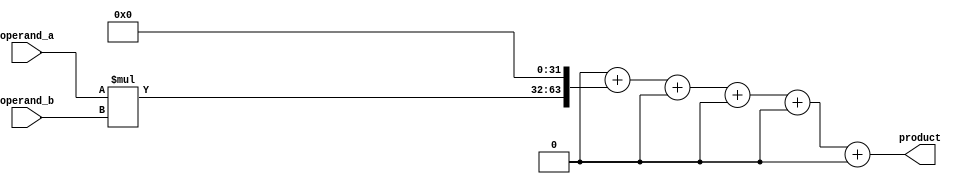
module baugh_wooley_multiplier (
  input signed [31:0] operand_a,
  input signed [31:0] operand_b,
  output reg signed [63:0] product
);

reg signed [63:0] partial_products [5:0];
reg signed [63:0] sum;

initial begin
  partial_products[0] = 0;
  partial_products[1] = operand_a * operand_b; // first row
  partial_products[2] = {operand_a[31], operand_a} * {operand_b[31], operand_b}; // second row
  partial_products[3] = {32'b0, operand_a} * operand_b; // third row
  partial_products[4] = operand_a * {32'b0, operand_b}; // fourth row
  partial_products[5] = {32'b0, operand_a} * {32'b0, operand_b}; // fifth row

  sum = partial_products[0] + (partial_products[1] << 32) + (partial_products[2] << 64) +
        (partial_products[3] << 96) + (partial_products[4] << 128) + (partial_products[5] << 160);

  product = sum;
end

endmodule